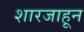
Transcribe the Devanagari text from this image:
शारजाहून